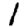
Digit: 1